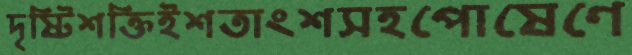
দৃষ্টিশক্তিইশতাংশসহপোষেণে